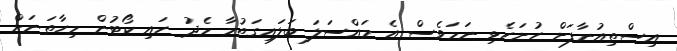
އިސްތިއުނާފަށް ހުށަހެޅި ނަމަވެސް އެ މައްސަލަ ބަލައިގަތުމާ މެދު ހައި ކޯޓުން މިހާތަނަށް